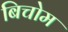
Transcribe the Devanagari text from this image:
बिचोम